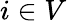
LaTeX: i\in V